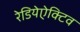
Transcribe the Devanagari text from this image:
रेडियेऐक्टिव